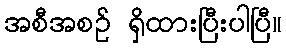
အစီအစဉ် ရှိထားပြီးပါပြီ။